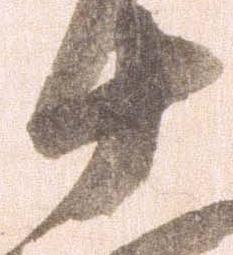
十